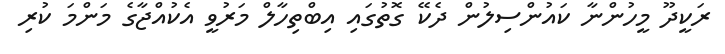
ރަކީދޫ މީހުންނާ ކައުންސިލުން ދެކޭ ގޮތުގައި އިބްތިހާލް މަރުވީ އެކުއްޖާގެ މަންމަ ކުރި